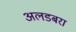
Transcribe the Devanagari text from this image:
अलडबरा